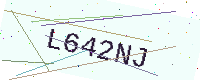
Text: L642NJ